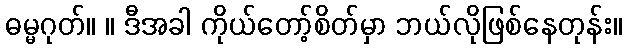
ဓမ္မဂုတ်။ ။ ဒီအခါ ကိုယ်တော့်စိတ်မှာ ဘယ်လိုဖြစ်နေတုန်း။